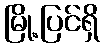
မြို့ပြင်ရှိ